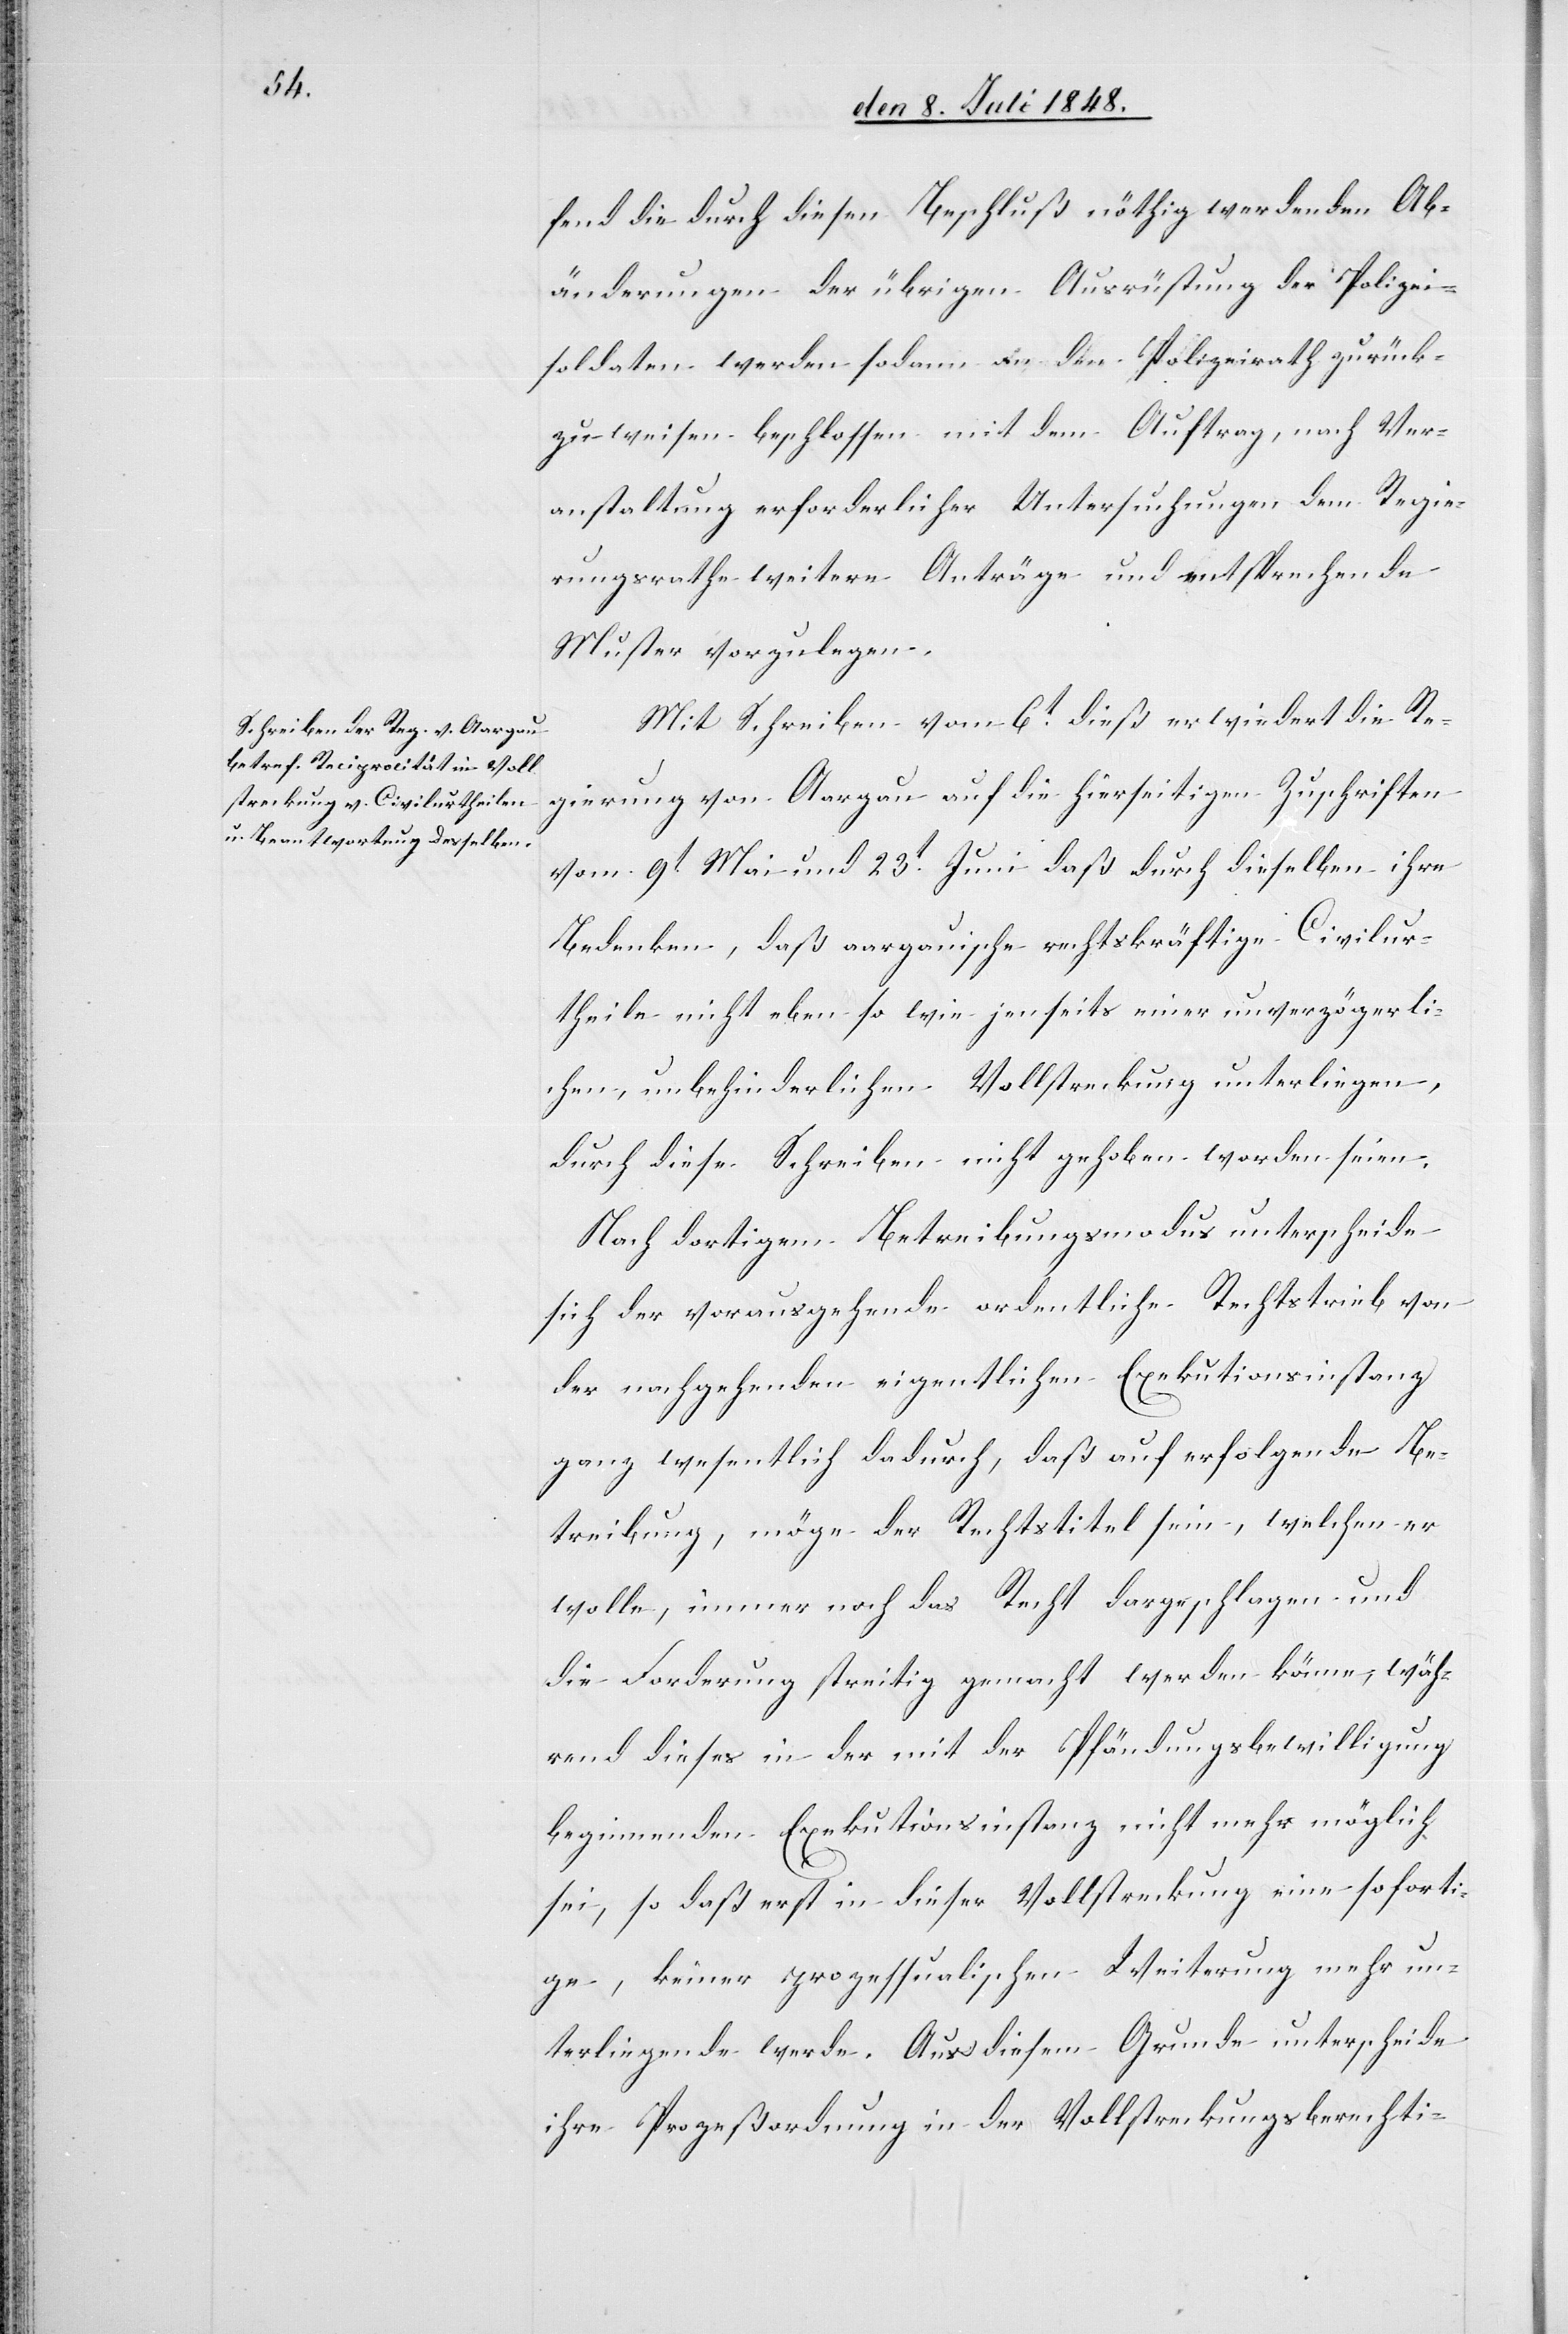
fend die durch diesen Beschluß nöthig werdenden Ab¬
änderungen der übrigen Ausrüstung der Polizei¬
soldaten werden sodann an den Polizeirath zurück¬
zuweisen beschlossen mit dem Auftrag, nach Ver¬
anstaltung erforderlicher Untersuchungen dem Regie¬
rungsrathe weitere Anträge und entsprechende
Muster vorzulegen.
Mit Schreiben vom 6t dieß erwiedert die Re¬
gierung von Aargau auf die hierseitigen Zuschriften
vom 9t Mai und 23t Juni daß durch dieselben ihre
Bedenken, daß aargauische rechtskräftige Civilur¬
theile nicht eben so wie jenseits einer unverzögerli¬
chen, unbehinderlichen Vollstreckung unterliegen,
durch diese Schreiben nicht gehoben worden seien.
Nach dortigem Betreibungsmodus unterscheide
sich der vorausgehende ordentliche Rechtstrieb von
der nachgehenden eigentlichen Exekutionsinstanz
ganz wesentlich dadurch, daß auf erfolgende Be¬
treibung, möge der Rechtstitel sein, welchen er
wolle, immer noch das Recht dargeschlagen und
die Forderung streitig gemacht werden könne, wäh¬
rend dieses in der mit der Pfändungsbewilligung
beginnenden Exekutionsinstanz nicht mehr möglich
sei, so daß erst in dieser Vollstreckung eine soforti¬
ge, keiner prozessualischen Weiterung mehr un¬
terliegende werde. Aus diesem Grunde unterscheide
ihre Prozeßordnung in der Vollstreckungsberechti-